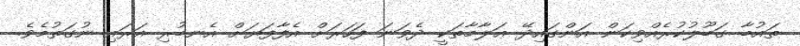
ތައުބާ ގަބޫލުކުރެއްވިކަން އަންގައިދޭ ޢަލާމާތަކީ ދެވަނަ ފަހަރަށް އެފާފަޔަށް އެނބުރި އަރައި ނުގަތުމެވެ.